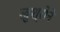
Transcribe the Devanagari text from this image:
खुश्रोने